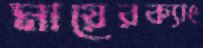
মায়েরক্যাং